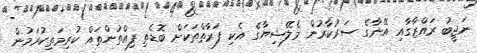
ނަޖީބު ރައްޒާގާއި އޭނާގެ ސަރުކާރުން މެލޭޝިޔާގެ އެކި ފަރާތްތަކަށް ބޮޑެތި ފިއްތުންތައް ކުރިމަތިކުރަމުން